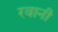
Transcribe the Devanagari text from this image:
रवानी